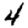
Digit: 4